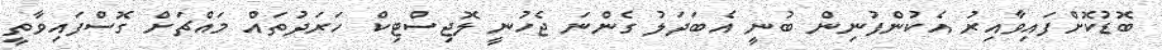
ބޮޑުކޮށްފައިވާއިރު އެކުންފުނިން ބުނީ އެބަދަލު ގެންނަ ޖެހުނީ ލޮޖިސްޓިކް ހަރަދުތައް މައްޗަށް ގޮސްފައިވާތީ